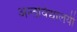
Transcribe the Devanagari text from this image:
अन्तर्विद्यालयी